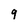
Character: 9